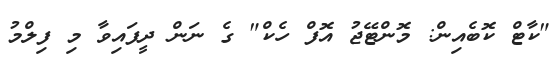
"ކާޓް ކޮބެއިން: މޮންޓޭޖު އޮފް ހެކް" ގެ ނަން ދީފައިވާ މި ފިލްމު